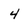
Character: 4